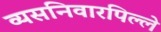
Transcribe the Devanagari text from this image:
व्यसनिवारपिल्ले